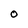
Character: 0